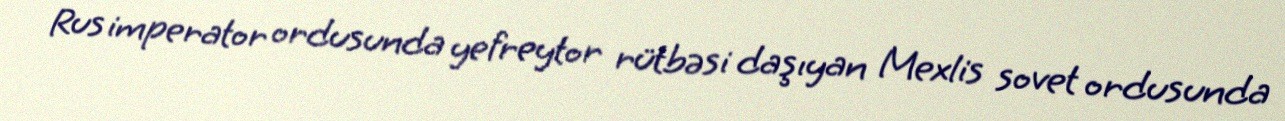
Rus imperator ordusunda yefreytor rütbəsi daşıyan Mexlis sovet ordusunda